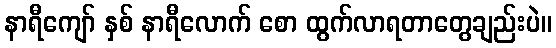
နာရီကျော် နှစ် နာရီလောက် စော ထွက်လာရတာတွေချည်းပဲ။